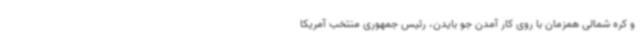
و کره شمالی همزمان با روی کار آمدن جو بایدن،‌ رئیس جمهوری منتخب آمریکا